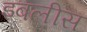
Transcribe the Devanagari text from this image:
इबलीस